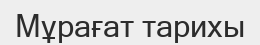
Мұрағат тарихы